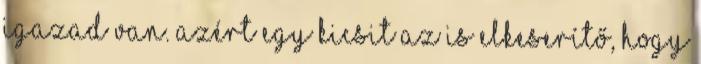
igazad van. Azért egy kicsit az is elkeserítő, hogy